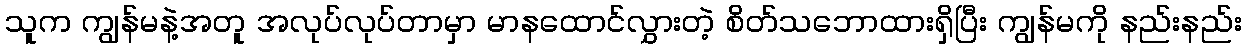
သူက ကျွန်မနဲ့အတူ အလုပ်လုပ်တာမှာ မာနထောင်လွှားတဲ့ စိတ်သဘောထားရှိပြီး ကျွန်မကို နည်းနည်း